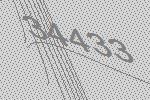
34433